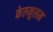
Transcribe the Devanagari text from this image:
फेरुनुलम